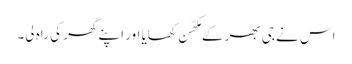
اس نے جی بھر کے مکھّن کھایا اور اپنے گھر کی راہ لی۔